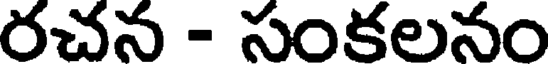
రచన - సంకలనం